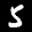
Label: 5